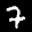
Label: 7